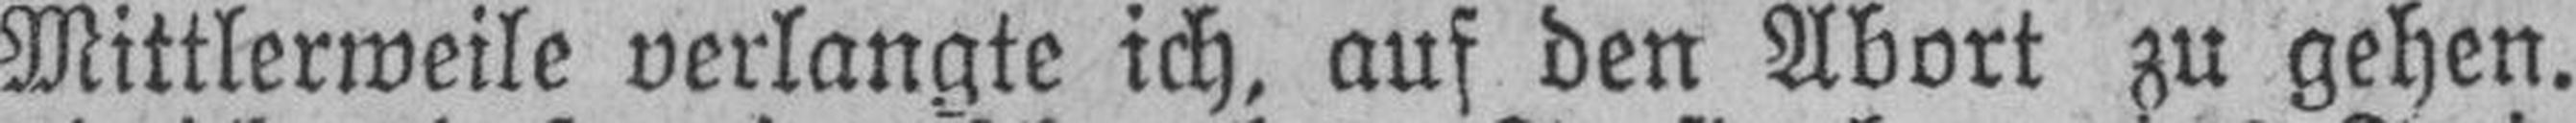
Mittlerweile verlangte ich, auf den Abort zu gehen.